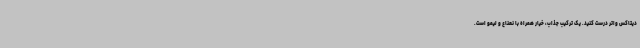
دیتاکس واتر درست کنید. یک ترکیب جذاب، خیار همراه با نعناع و لیمو است.